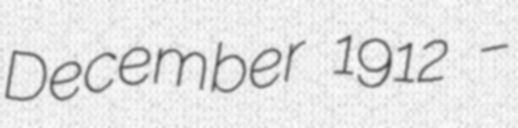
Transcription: December 1912 –